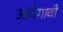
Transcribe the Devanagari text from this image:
आपेगावी